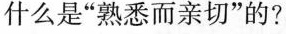
什么是”熟悉而亲切”的?